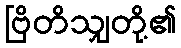
ဗြိတိသျှတို့၏